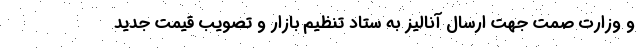
و وزارت صمت جهت ارسال آنالیز به ستاد تنظیم بازار و تصویب قیمت جدید